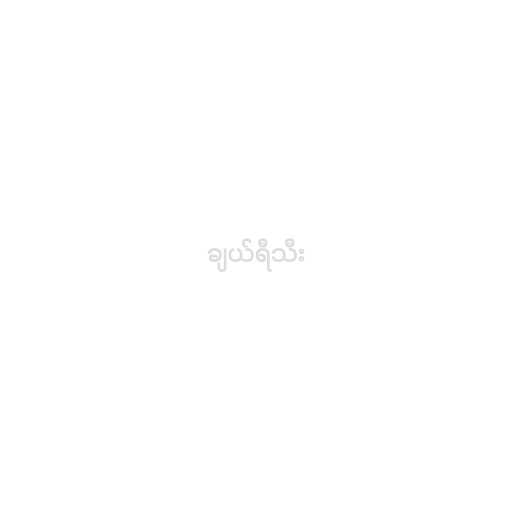
ချယ်ရီသီး